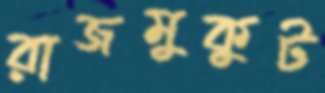
রাজমুকুট